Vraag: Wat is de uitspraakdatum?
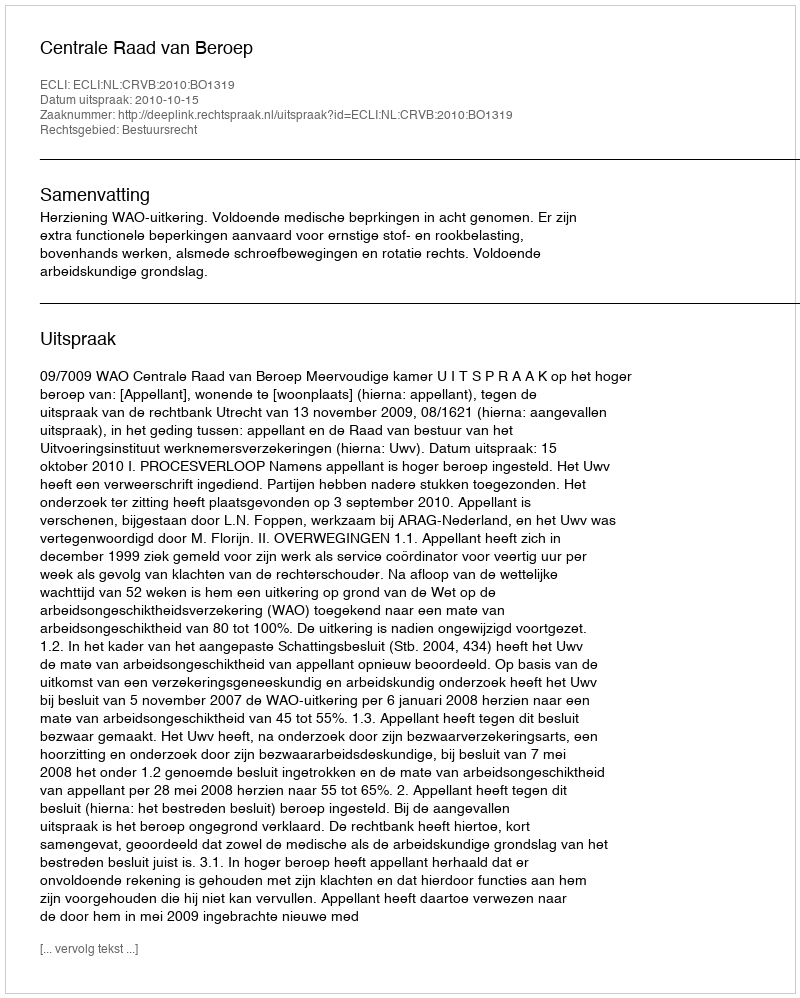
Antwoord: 2010-10-15